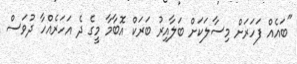
"ބައެއް ފަހަރަށް މިސާލަކަށް ބަލާއިރު ބަރަކް އޮބާމާ މީގެ ދެ އަހަރެއްހާ ދުވަސް